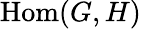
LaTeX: {\mathrm{Hom}}(G,H)